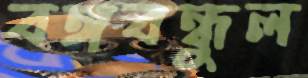
বঙ্গবন্ধুল